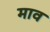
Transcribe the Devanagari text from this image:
माव